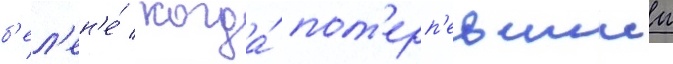
б'ел'ен'е́ / когда́ пот'ерп'евшии